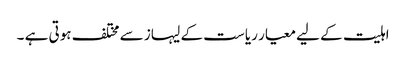
اہلیت کے لیے معیار ریاست کے لیہاز سے مختلف ہوتی ہے ۔